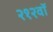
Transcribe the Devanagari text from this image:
२१२वॉ